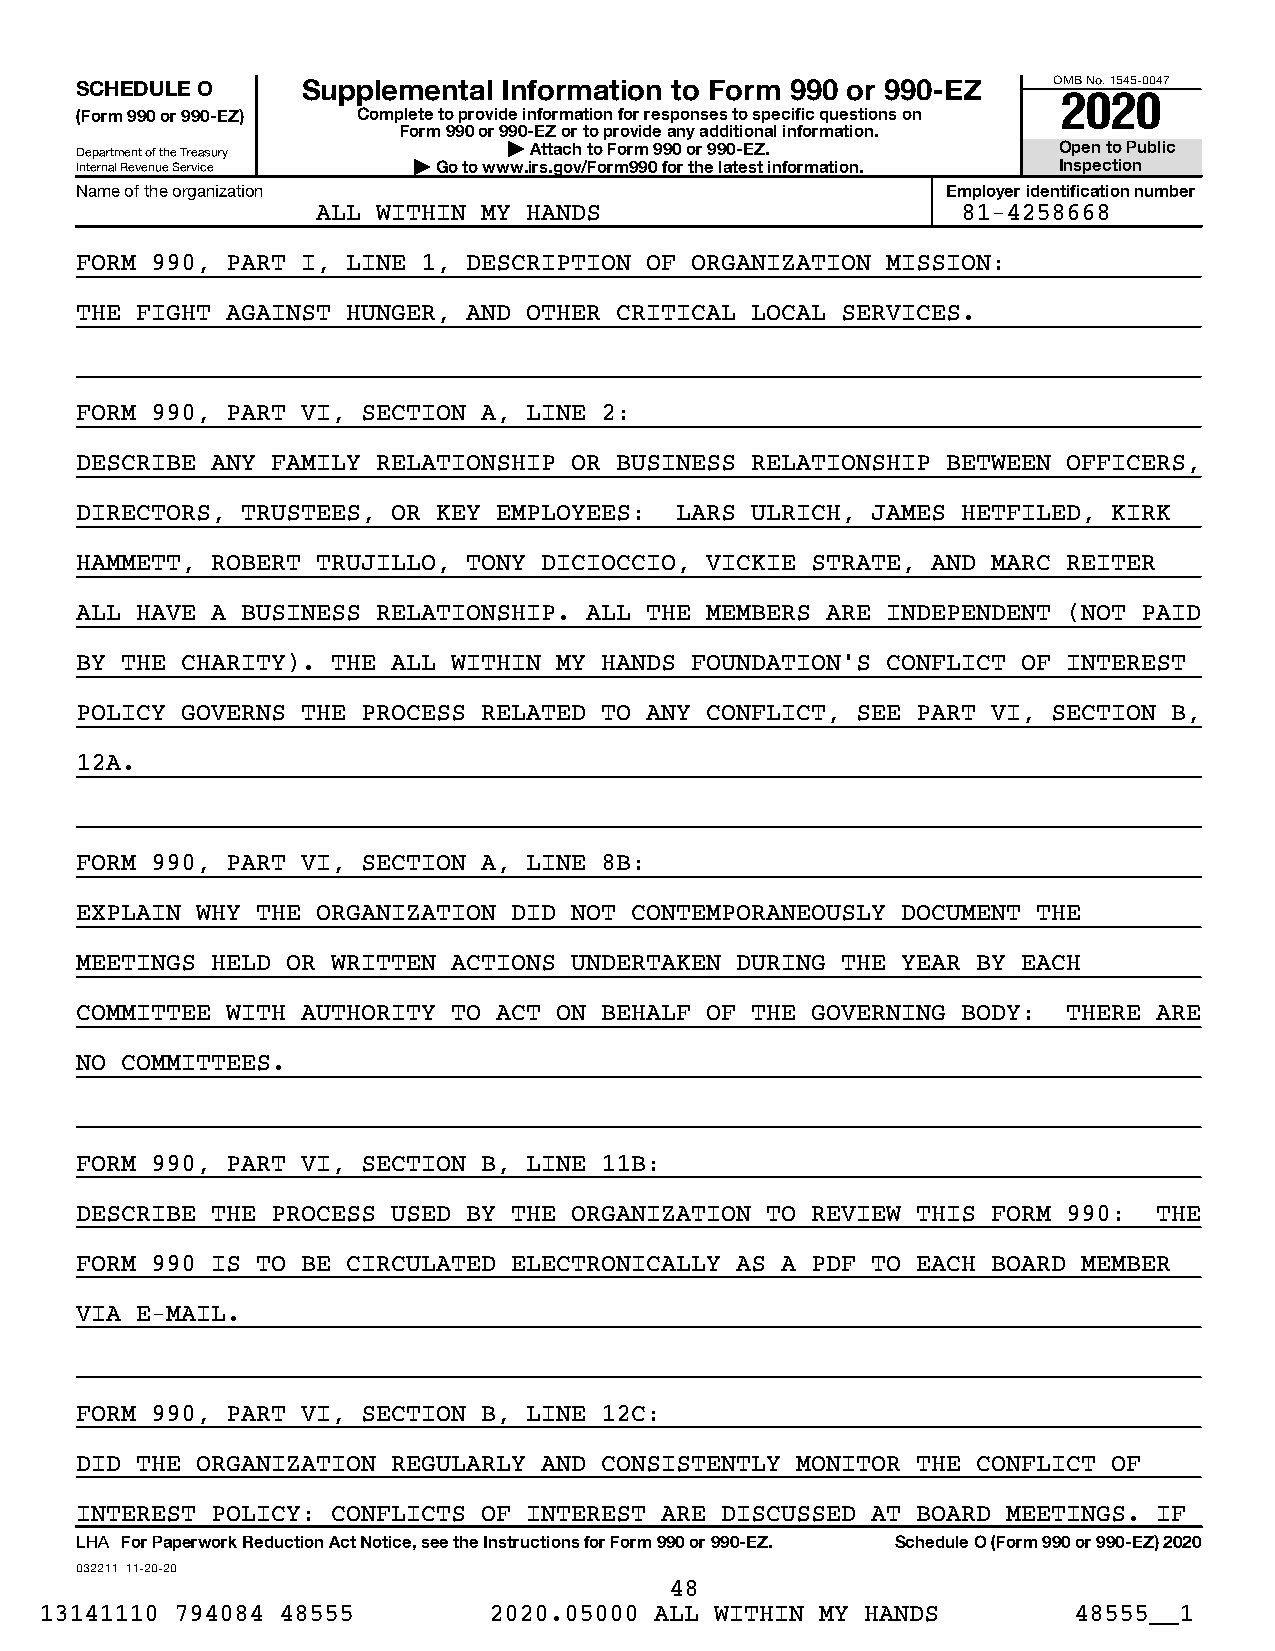
SCHEDULE O     Supplemental Information to Form 990 or 990-EZ    OMB No. 1545-0047
 2020
 (Form 990 or 990-EZ) Complete to provide information for responses to specific questions on
 Form 990 or 990-EZ or to provide any additional information.
 Department of the Treasury   | Attach to Form 990 or 990-EZ.     Open to Public
 Internal Revenue Service | Go to www.irs.gov/Form990 for the latest information. Inspection
 Name of the organization                                  Employer identification number
 ALL WITHIN MY HANDS                        81-4258668
 FORM 990, PART I, LINE 1, DESCRIPTION OF ORGANIZATION MISSION:
 THE FIGHT AGAINST HUNGER, AND OTHER CRITICAL LOCAL SERVICES.
 FORM 990, PART VI, SECTION A, LINE 2:
 DESCRIBE ANY FAMILY RELATIONSHIP OR BUSINESS RELATIONSHIP BETWEEN OFFICERS,
 DIRECTORS, TRUSTEES, OR KEY EMPLOYEES:  LARS ULRICH, JAMES HETFILED, KIRK
 HAMMETT, ROBERT TRUJILLO, TONY DICIOCCIO, VICKIE STRATE, AND MARC REITER
 ALL HAVE A BUSINESS RELATIONSHIP. ALL THE MEMBERS ARE INDEPENDENT (NOT PAID
 BY THE CHARITY). THE ALL WITHIN MY HANDS FOUNDATION’S CONFLICT OF INTEREST
 POLICY GOVERNS THE PROCESS RELATED TO ANY CONFLICT, SEE PART VI, SECTION B,
 12A.
 FORM 990, PART VI, SECTION A, LINE 8B:
 EXPLAIN WHY THE ORGANIZATION DID NOT CONTEMPORANEOUSLY DOCUMENT THE
 MEETINGS HELD OR WRITTEN ACTIONS UNDERTAKEN DURING THE YEAR BY EACH
 COMMITTEE WITH AUTHORITY TO ACT ON BEHALF OF THE GOVERNING BODY:  THERE ARE
 NO COMMITTEES.
 FORM 990, PART VI, SECTION B, LINE 11B:
 DESCRIBE THE PROCESS USED BY THE ORGANIZATION TO REVIEW THIS FORM 990:  THE
 FORM 990 IS TO BE CIRCULATED ELECTRONICALLY AS A PDF TO EACH BOARD MEMBER
 VIA E-MAIL.
 FORM 990, PART VI, SECTION B, LINE 12C:
 DID THE ORGANIZATION REGULARLY AND CONSISTENTLY MONITOR THE CONFLICT OF
 INTEREST POLICY: CONFLICTS OF INTEREST ARE DISCUSSED AT BOARD MEETINGS. IF
 LHA For Paperwork Reduction Act Notice, see the Instructions for Form 990 or 990-EZ. Schedule O (Form 990 or 990-EZ) 2020
 032211 11-20-20
 48
 13141110 794084 48555        2020.05000 ALL WITHIN MY HANDS         48555__1